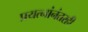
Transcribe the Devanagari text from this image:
प्रयत्नांनंतरही